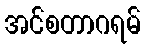
အင်စတာဂရမ်